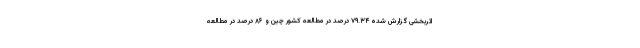
اثربخشی گزارش شده ۷۹.۳۴ درصد در مطالعه کشور چین و ۸۶ درصد در مطالعه